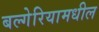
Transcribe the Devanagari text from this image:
बल्गेरियामधील